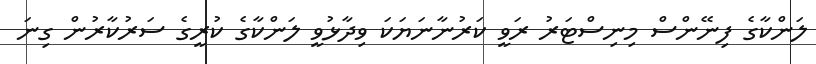
ލަންކާގެ ފިނޭންސް މިނިސްޓަރު ރަވީ ކަރުނާނަޔަކަ ވިދާޅުވީ ލަންކާގެ ކުރީގެ ސަރުކާރުން ގިނަ